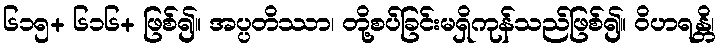
၆၁၅+ ၆၁၆+ ဖြစ်၍။ အပ္ပတိဿာ၊ တို့စပ်ခြင်းမရှိကုန်သည်ဖြစ်၍။ ဝိဟရန္တိ၊